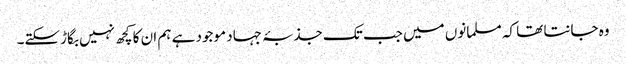
وہ جانتا تھا کہ مسلمانوں میں جب تک جذبۂ جہاد موجود ہے ہم ان کا کچھ نہیں بگاڑسکتے۔